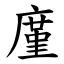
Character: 廑